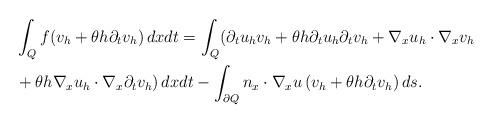
LaTeX: \begin{align*} & \int_{Q} f( v_h + \theta h \partial_{t} v_h) \, dx dt = \int_{Q} (\partial_{t} u_h v_h + \theta h \partial_{t} u_h \partial_{t} v_h + \nabla_x u_h \cdot \nabla_x v_h \\ & + \theta h \nabla_x u_h \cdot \nabla_x \partial_{t} v_h)\,dxdt - \int_{\partial Q} n_x \cdot \nabla_x u \,(v_h + \theta h \partial_{t} v_h)\, ds.\end{align*}